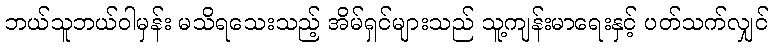
ဘယ်သူဘယ်ဝါမှန်း မသိရသေးသည့် အိမ်ရှင်များသည် သူ့ကျန်းမာရေးနှင့် ပတ်သက်လျှင်